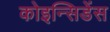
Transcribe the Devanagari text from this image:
कोइन्सिडेंस